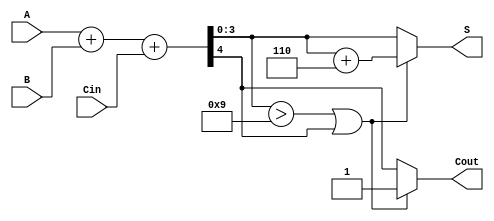
module BCD_Ripple_Carry_Adder (
    input [3:0] A,          // First BCD digit
    input [3:0] B,          // Second BCD digit
    input Cin,              // Carry-in (optional)
    output reg [3:0] S,     // BCD sum
    output reg Cout         // Carry-out
);

    wire [4:0] sum;         // 5-bit sum to accommodate carry-out
    wire [3:0] corrected_sum; // Corrected sum after BCD adjustment
    wire correction_needed;  // Flag for BCD correction
    
    // Step 1: Perform binary addition
    assign sum = A + B + Cin;

    // Step 2: Check for BCD correction necessity
    assign correction_needed = (sum[3:0] > 4'b1001) || sum[4];

    // Step 3: Perform correction if necessary
    always @(*) begin
        if (correction_needed) begin
            // Add 6 (0110 in binary) to the sum
            corrected_sum = sum[3:0] + 4'b0110; 
            S = corrected_sum;               // Final BCD sum after correction
            Cout = 1;                        // Set carry-out
        end else begin
            S = sum[3:0];                    // No correction needed
            Cout = sum[4];                   // Carry-out from binary addition
        end
    end

endmodule